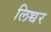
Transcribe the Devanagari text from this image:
लिच्चर